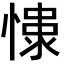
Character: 𢠮